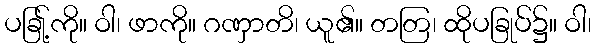
ပခြု့်ကို။ ဝါ၊ ဖာကို။ ဂဏှာတိ၊ ယူ၏။ တတြ၊ ထိုပခြုပ်၌။ ဝါ၊